Civil Veterinary Dept. Bombay admin report 1900-1906 - 1900-1906
Year: 1900
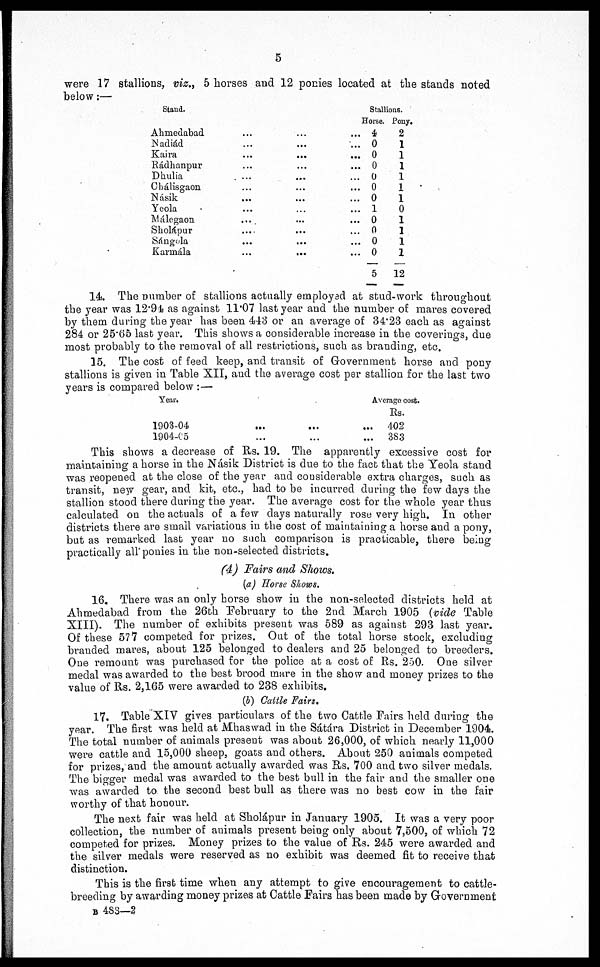
5
were 17 stallions, viz., 5 horses and 12 ponies located at the stands noted
below:—
Stand.
Ahmedabad
Nadiád
Kaira
Rádhanpur
Dhulia
Chálisgaon
Násik
Yeola
Málegaon
Sholápur
Sángola
Karmála
...
...
...
...
...
...
...
...
...
...
...
...
...
...
...
...
...
...
...
...
...
...
...
...
...
...
...
...
...
...
...
...
...
...
...
Stallions.
Horse.
4
0
0
0
0
0
0
1
0
0
0
0
5
Pony.
2
1
1
1
1
1
1
0
1
1
1
1
12
14. The Dumber of stallions actually employed at stud-work throughout
the year was 12.94 as against 11.07 last year and the number of mares covered
by them during the year has been 443 or an average of 34.23 each as against
284 or 25*65 last year. This shows a considerable increase in the coverings, due
most probably to the removal of all restrictions, such as branding, etc.
15. The cost of feed keep, and transit of Government horse and pony
stallions is given in Table XII, and the average cost per stallion for the last two
years is compared below :—
Year.
1903-04
1904-05
...
...
...
...
Average cost.
Rs.
... 402
...
383
This shows a decrease of Rs. 19. The apparently excessive cost for
maintaining a horse in the Násik District is due to the fact that the Yeola stand
was reopened at the close of the year and considerable extra charges, such as
transit, new gear, and kit, etc., had to be incurred during the few days the
stallion stood there during the year. The average cost for the whole year thus
calculated on the actuals of a few days naturally rose very high. In other
districts there are small variations in the cost of maintaining a horse and a pony,
but as remarked last year no such comparison is practicable, there being
practically all ponies in the non-selected districts.
(4) Fairs and Shows.
(a) Horse Shows.
16. There was an only horse show in the non-selected districts held at
Ahmedabad from the 26th February to the 2nd March 1905 (vide Table
XIII). The number of exhibits present was 589 as against 293 last year.
Of these 577 competed for prizes. Out of the total horse stock, excluding
branded mares, about 125 belonged to dealers and 25 belonged to breeders.
One remount was purchased for the police at a cost of Rs. 250. One silver
medal was awarded to the best brood mare in the show and money prizes to the
value of Rs. 2,165 were awarded to 238 exhibits.
(b) Cattle Fairs.
17. Table XIV gives particulars of the two Cattle Fairs held during the
year. The first was held at Mhaswad in the Sátára District in December 1904.
The total number of animals present was about 26,000, of which nearly 11,000
were cattle and 15,000 sheep, goats and others. About 250 animals competed
for prizes, and the amount actually awarded was Rs. 700 and two silver medals.
The bigger medal was awarded to the best bull in the fair and the smaller one
was awarded to the second best bull as there wa3 no best cow in the fair
worthy of that honour.
The next fair was held at Sholápur in January 1905. It was a very poor
collection, the number of animals present being only about 7,500, of which 72
competed for prizes. Money prizes to the value of Rs. 245 were awarded and
the silver medals were reserved as no exhibit was deemed fit to receive that
distinction.
This is the first time when any attempt to give encouragement to cattle-
breeding by awarding money prizes at Cattle Fairs has been made by Government
B 483—2